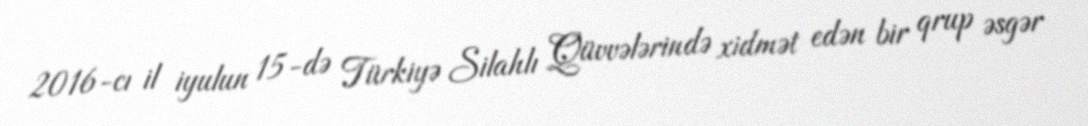
2016-cı il iyulun 15-də Türkiyə Silahlı Qüvvələrində xidmət edən bir qrup əsgər